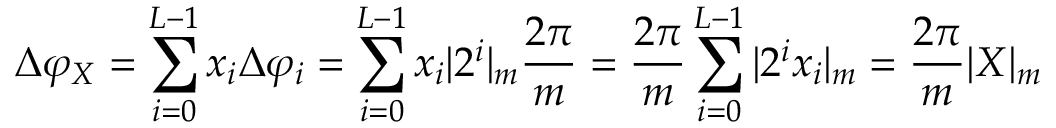
\Delta \varphi _ { X } = \sum _ { i = 0 } ^ { L - 1 } x _ { i } \Delta \varphi _ { i } = \sum _ { i = 0 } ^ { L - 1 } x _ { i } | 2 ^ { i } | _ { m } \frac { 2 \pi } { m } = \frac { 2 \pi } { m } \sum _ { i = 0 } ^ { L - 1 } | 2 ^ { i } x _ { i } | _ { m } = \frac { 2 \pi } { m } | X | _ { m }